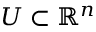
U \subset \mathbb { R } ^ { n }